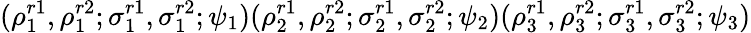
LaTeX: (\rho_{1}^{r1},\rho_{1}^{r2};\sigma_{1}^{r1},\sigma_{1}^{r2};\psi_{1})(\rho_{2}^{r1},\rho_{2}^{r2};\sigma_{2}^{r1},\sigma_{2}^{r2};\psi_{2})(\rho_{3}^{r1},\rho_{3}^{r2};\sigma_{3}^{r1},\sigma_{3}^{r2};\psi_{3})